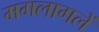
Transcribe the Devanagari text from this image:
मगलागलें